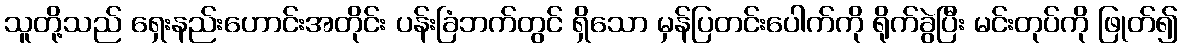
သူတို့သည် ရှေးနည်းဟောင်းအတိုင်း ပန်းခြံဘက်တွင် ရှိသော မှန်ပြတင်းပေါက်ကို ရိုက်ခွဲပြီး မင်းတုပ်ကို ဖြုတ်၍